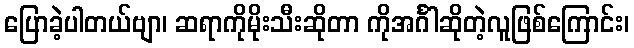
ပြောခဲ့ပါတယ်ဗျာ၊ ဆရာကိုမိုးသီးဆိုတာ ကိုအင်္ဂါဆိုတဲ့လူဖြစ်ကြောင်း၊